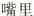
嘴里